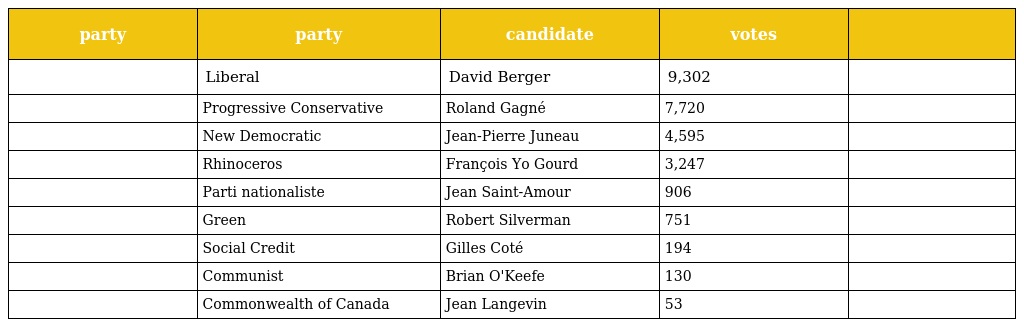
| party | party | candidate | votes |  |
 | --- | --- | --- | --- | --- |
 |  | Liberal | David Berger | 9,302 |  |
 |  | Progressive Conservative | Roland Gagné | 7,720 |  |
 |  | New Democratic | Jean-Pierre Juneau | 4,595 |  |
 |  | Rhinoceros | François Yo Gourd | 3,247 |  |
 |  | Parti nationaliste | Jean Saint-Amour | 906 |  |
 |  | Green | Robert Silverman | 751 |  |
 |  | Social Credit | Gilles Coté | 194 |  |
 |  | Communist | Brian O'Keefe | 130 |  |
 |  | Commonwealth of Canada | Jean Langevin | 53 |  |